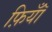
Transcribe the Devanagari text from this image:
फ़ियॉँ